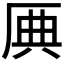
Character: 𠩷